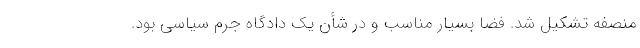
منصفه تشکیل شد. فضا بسیار مناسب و در شأن یک دادگاه جرم سیاسی بود.